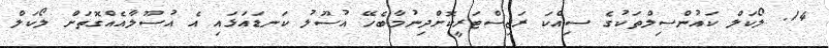
14. ލޯކަލް ކައުންސިލްތަކުގެ ސިއްކަ ރަޖިސްޓަރީކޮށްދިނުމާބެހޭ އުސޫލު ކަނޑައަޅައި އެ އުސޫލާއެއްގޮތަށް ލޯކަލް